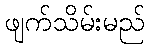
ဖျက်သိမ်းမည်